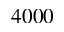
4 0 0 0